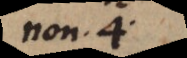
non 4